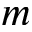
m